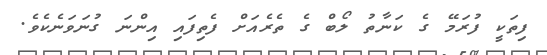
ފިތަކީ ފުރަމޭ ގެ ކަނާތު ލޯބް ގެ ތެރެއަށް ފެތިފައި އިންނަ ގުނަވަނެކެވެ.